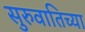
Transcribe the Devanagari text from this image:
सुरुवातिच्या